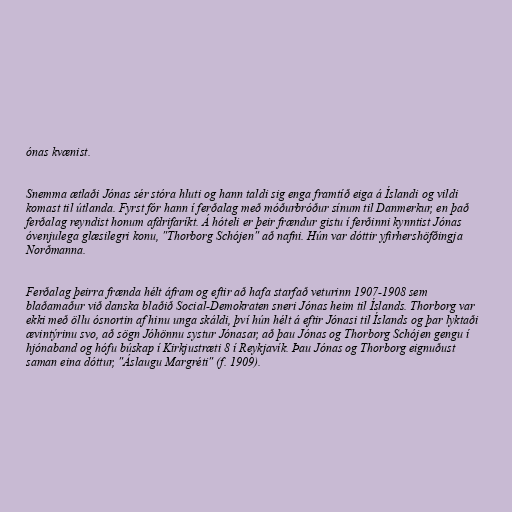
ónas kvænist.

Snemma ætlaði Jónas sér stóra hluti og hann taldi sig enga framtíð eiga á Íslandi og vildi
komast til útlanda. Fyrst fór hann í ferðalag með móðurbróður sínum til Danmerkur, en það
ferðalag reyndist honum afdrifaríkt. Á hóteli er þeir frændur gistu í ferðinni kynntist Jónas
óvenjulega glæsilegri konu, "Thorborg Schójen" að nafni. Hún var dóttir yfirhershöfðingja
Norðmanna.

Ferðalag þeirra frænda hélt áfram og eftir að hafa starfað veturinn 1907-1908 sem
blaðamaður við danska blaðið Social-Demokraten sneri Jónas heim til Íslands. Thorborg var
ekki með öllu ósnortin af hinu unga skáldi, því hún hélt á eftir Jónasi til Íslands og þar lyktaði
ævintýrinu svo, að sögn Jóhönnu systur Jónasar, að þau Jónas og Thorborg Schójen gengu í
hjónaband og hófu búskap í Kirkjustræti 8 í Reykjavík. Þau Jónas og Thorborg eignuðust
saman eina dóttur, "Áslaugu Margréti" (f. 1909).